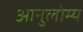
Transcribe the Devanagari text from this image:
आनुलोम्य